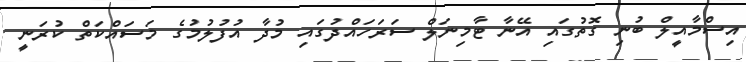
އިސްމާއީލް ބުނި ގޮތުގައި އޭނާ ޓާމިނަލް ސަރަހައްދުގައި މުދާ އުފުލުމުގެ މަސައްކަތް ކުރަނީ